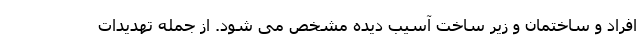
افراد و ساختمان و زیر ساخت آسیب دیده مشخص می شود. از جمله تهدیدات